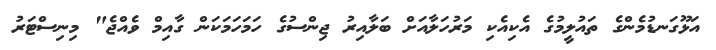
އަޅޫގަނޑުމެންގެ ތައުލީމުގެ އެކިއެކި މަރުހަލާއަށް ބަލާއިރު ޖިންސުގެ ހަމަހަމަކަން ގާއިމް ވެއްޖެ" މިނިސްޓަރު